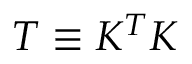
{ \cal T } \equiv { \cal K } ^ { T } { \cal K }